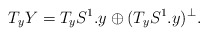
\begin{align*}T_yY = T_yS^1.y \oplus (T_yS^1.y)^\perp .\end{align*}